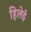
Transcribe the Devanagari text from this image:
हिलेई